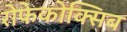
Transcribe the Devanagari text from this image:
रोफेकोक्सिब